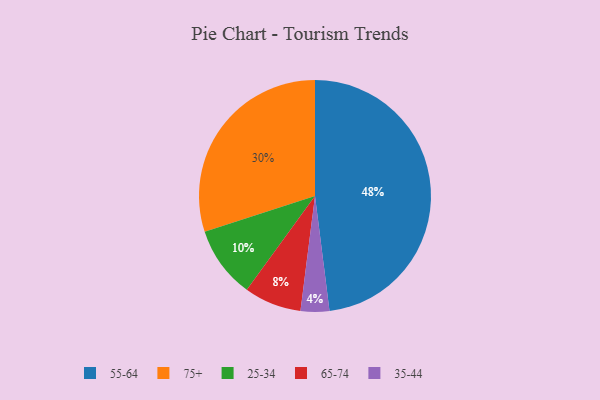
{"axis": {"x": "Category", "y": "Percentage"}, "legend": ["25-34", "35-44", "55-64", "65-74", "75+"], "data": [{"x": "75+", "y": 30, "type": "75+"}, {"x": "35-44", "y": 4, "type": "35-44"}, {"x": "25-34", "y": 10, "type": "25-34"}, {"x": "55-64", "y": 48, "type": "55-64"}, {"x": "65-74", "y": 8, "type": "65-74"}]}